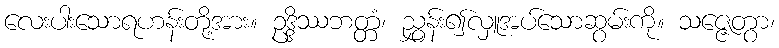
လေးပါးသောရဟန်းတို့အား။ ဥဒ္ဒိဿဘတ္တံ၊ ညွှန်း၍လှူအပ်သောဆွမ်းကို။ သဇ္ဇေတွာ၊